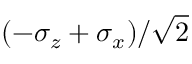
( - \sigma _ { z } + \sigma _ { x } ) / \sqrt { 2 }